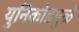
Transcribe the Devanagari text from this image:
युनिकोडमुळे